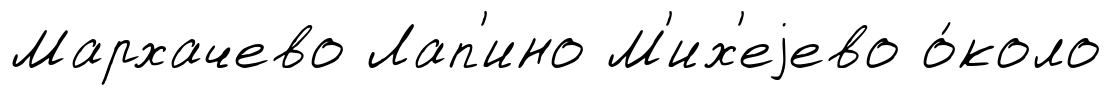
Мархачево Лап'ино М'их'еjево о́коло